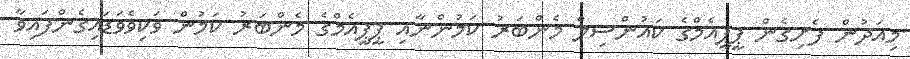
މިއަދުން ފެށިގެން ޕީޕީއެމްގެ ކައުންސިލް މެންބަރު ކަމުންނާއި ޕީޕީއެމްގެ މެންބަރު ކަމުން ވަކިވެވަޑައިގެންފައިވާ